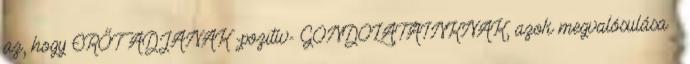
az, hogy ERŐT ADJANAK -pozitív- GONDOLATAINKNAK, azok megvalósulása